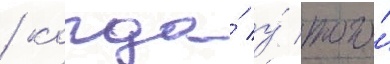
/ когда́ у́ того́